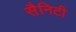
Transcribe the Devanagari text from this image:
सैनिटी